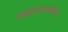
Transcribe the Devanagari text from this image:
उद्धवस्वामींना